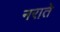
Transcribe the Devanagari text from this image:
नराते